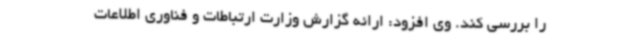
را بررسی کند. وی افزود: ارائه گزارش وزارت ارتباطات و فناوری اطلاعات